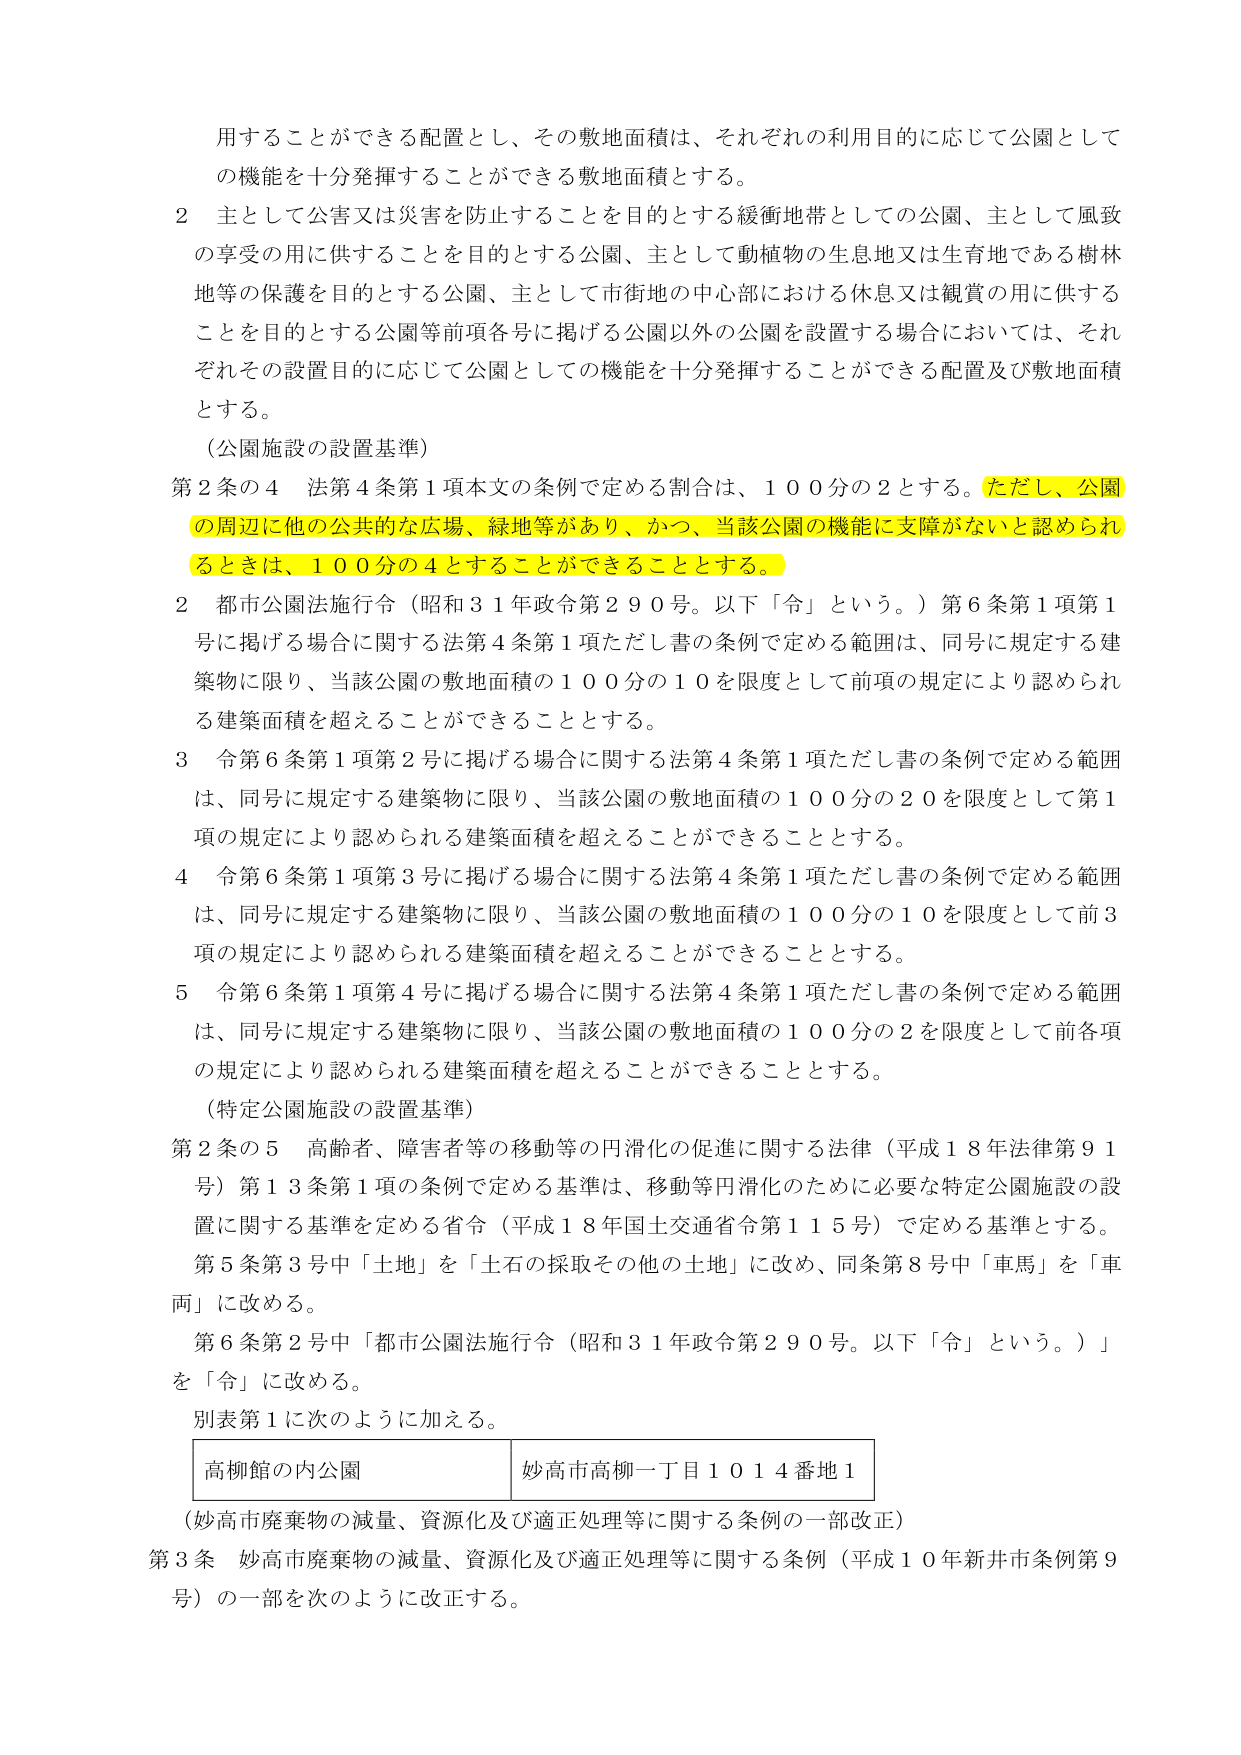
用することができる配置とし、その敷地面積は、それぞれの利用目的に応じて公園としての機能を十分発揮することができる敷地面積とする。

２ 主として公害又は災害を防止することを目的とする緩衝地帯としての公園、主として風致の享受の用に供することを目的とする公園、主として動植物の生息地又は生育地である樹林地等の保護を目的とする公園、主として市街地の中心部における休息又は観賞の用に供することを目的とする公園等前項各号に掲げる公園以外の公園を設置する場合においては、それぞれその設置目的に応じて公園としての機能を十分発揮することができる配置及び敷地面積とする。

（公園施設の設置基準）

第２条の４ 法第４条第１項本文の条例で定める割合は、１００分の２とする。ただし、公園の周辺に他の公共的な広場、緑地等があり、かつ、当該公園の機能に支障がないと認められるときは、１００分の４とすることができる thing とする。

２ 都市公園法施行令（昭和３１年政令第２９０号。以下「令」という。）第６条第１項第１号に掲げる場合に関する法第４条第１項ただし書の条例で定める範囲は、同号に規定する建築物に限り、当該公園の敷地面積の１００分の１０を限度として前項の規定により認められる建築面積を超えることができる thing とする。

３ 令第６条第１項第２号に掲げる場合に関する法第４条第１項ただし書の条例で定める範囲は、同号に規定する建築物に限り、当該公園の敷地面積の１００分の２０を限度として第１項の規定により認められる建築面積を超えることができる thing とする。

４ 令第６条第１項第３号に掲げる場合に関する法第４条第１項ただし書の条例で定める範囲は、同号に規定する建築物に限り、当該公園の敷地面積の１００分の１０を限度として前３項の規定により認められる建築面積を超えることができる thing とする。

５ 令第６条第１項第４号に掲げる場合に関する法第４条第１項ただし書の条例で定める範囲は、同号に規定する建築物に限り、当該公園の敷地面積の１００分の２を限度として前各項の規定により認められる建築面積を超えることができる thing とする。

（特定公園施設の設置基準）

第２条の５ 高齢者、障害者等の移動等の円滑化の促進に関する法律（平成１８年法律第９１号）第１３条第１項の条例で定める基準は、移動等円滑化のために必要な特定公園施設の設置に関する基準を定める省令（平成１８年国土交通省令第１１５号）で定める基準とする。

第５条第３号中「土地」を「土石の採取その他の土地」に改め、同条第８号中「車馬」を「車両」に改める。

第６条第２号中「都市公園法施行令（昭和３１年政令第２９０号。以下「令」という。）」を「令」に改める。

別表第１に次のように加える。

高柳館の内公園　　妙高市高柳一丁目１０１４番地１

（妙高市廃棄物の減量、資源化及び適正処理等に関する条例の一部改正）

第３条 妙高市廃棄物の減量、資源化及び適正処理等に関する条例（平成１０年新井市条例第９号）の一部を次のように改正する。